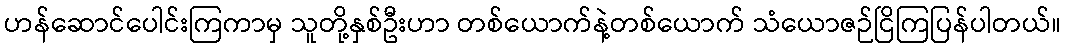
ဟန်ဆောင်ပေါင်းကြကာမှ သူတို့နှစ်ဦးဟာ တစ်ယောက်နဲ့တစ်ယောက် သံယောဇဉ်ငြိကြပြန်ပါတယ်။